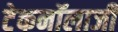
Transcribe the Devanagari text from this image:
टेकनॉलाजी